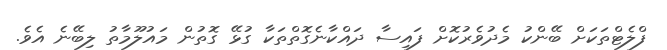
ފްލެޓްތަކަށް ބޭންކު މެދުވެރުކޮށް ފައިސާ ދައްކާނެގޮތްތަކާ ގުޅޭ ގޮތުން މައުލޫމާތު ލިބޭނެ އެެވެ.